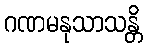
ဂဏမနုသာသန္တိ